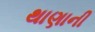
થાણાની